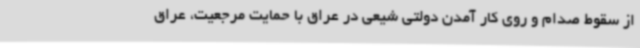
از سقوط صدام و روی کار آمدن دولتی شیعی در عراق با حمایت مرجعیت، عراق